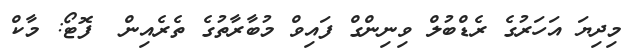
މިދިޔަ އަހަރުގެ ރެޑްބުލް ވިނިންގް ފައިވް މުބާރާތުގެ ތެރެއިން  ފޮޓޯ: މާކް